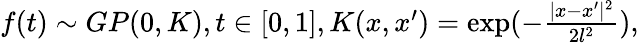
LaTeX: \begin{array}{r}{f(t)\sim GP(0,K),t\in[0,1],K(x,x^{\prime})=\exp(-\frac{|x-x^{\prime}|^{2}}{2l^{2}}),}\end{array}